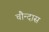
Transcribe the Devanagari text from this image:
चौन्दास